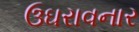
ઉઘરાવનાર